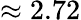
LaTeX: \approx 2.72